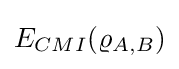
E_{CMI}(\varrho _{A,B})